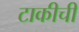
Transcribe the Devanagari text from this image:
टाकीची